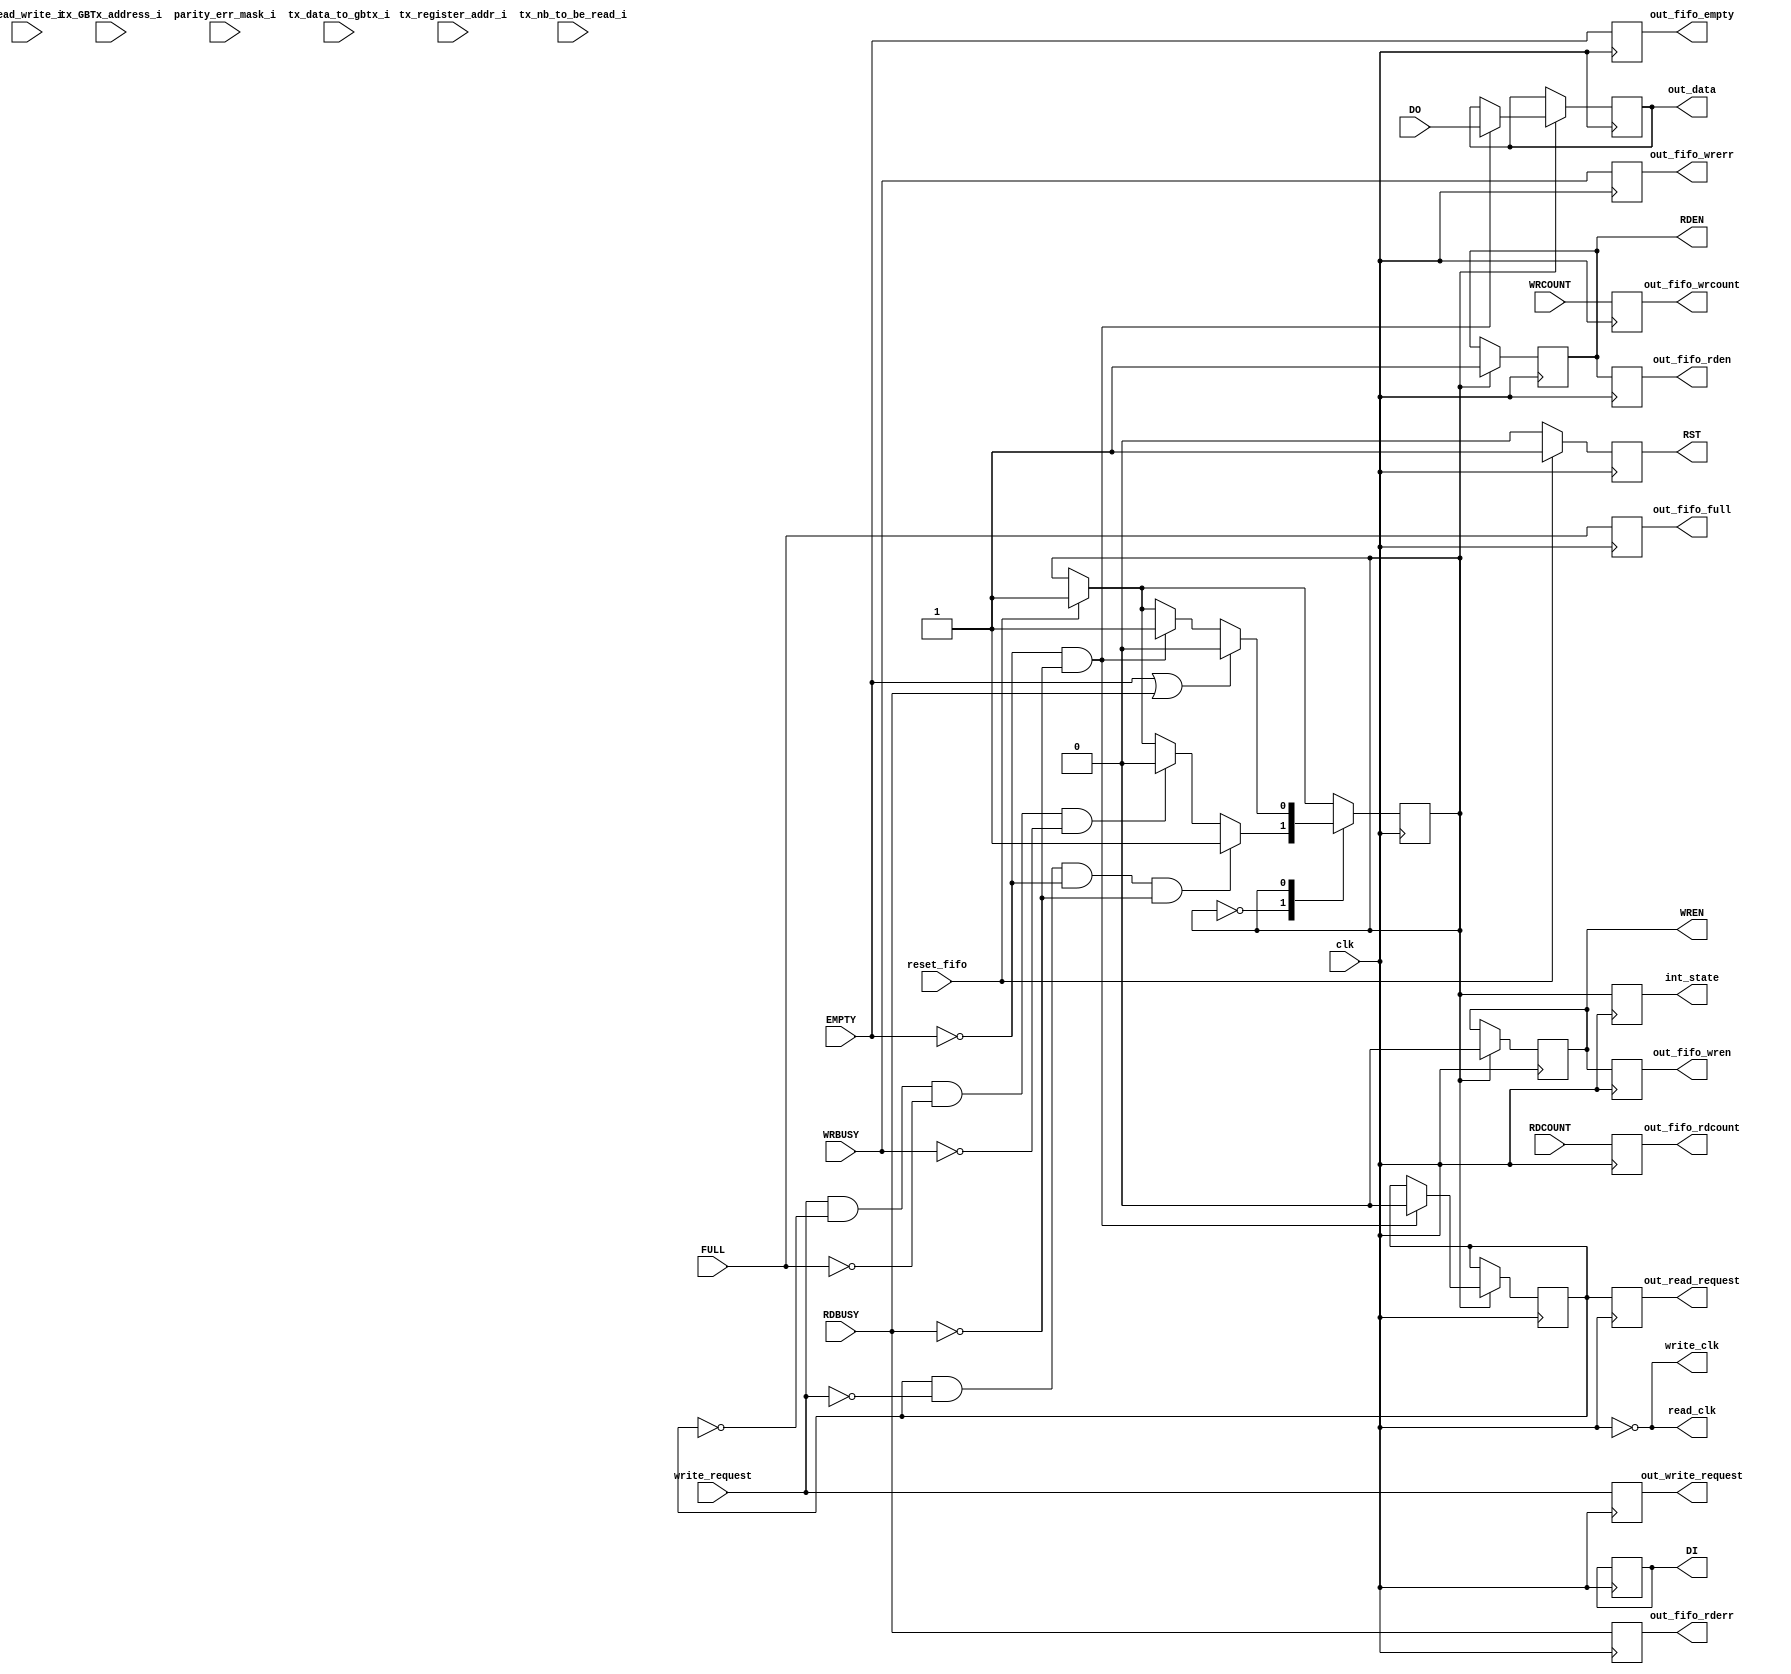
`timescale 1ns / 1ps
//////////////////////////////////////////////////////////////////////////////////
// Company: University of Minnesota
// 
// Design Name: LDMX slow control system
// Module Name: slow_control
// Project Name: 
// Target Devices: 
// Tool Versions: 
// Description: 
// 
// Dependencies: 
// 
// Revision:
// Revision 0.01 - File Created
// Additional Comments:
// 
//////////////////////////////////////////////////////////////////////////////////


module slow_control(
    input clk,
    input [6:0] tx_GBTx_address_i,
    input read_write_i,
    input [15:0] tx_register_addr_i,
    input [15:0] tx_nb_to_be_read_i,
    input [7:0] parity_err_mask_i,
    input [7:0] tx_data_to_gbtx_i,
    input write_request,
    input reset_fifo,
    input [63:0] DO,
    input EMPTY,
    input FULL,
    input [8:0] RDCOUNT,
    input RDBUSY,
    input [8:0] WRCOUNT,
    input WRBUSY,
    output reg read_clk,
    output reg write_clk,
    output reg [63:0] DI,
    output reg RDEN,
    output reg RST,
    output reg WREN,
    output reg [63:0] out_data,
    output reg int_state,
    output reg out_write_request,
    output reg out_read_request,
    output reg out_fifo_empty,
    output reg out_fifo_full,
    output reg [8:0] out_fifo_rdcount,
    output reg [8:0] out_fifo_wrcount,
    output reg out_fifo_rderr,
    output reg out_fifo_wrerr,
    output reg out_fifo_rden,
    output reg out_fifo_wren
    );
    
  parameter DATA_WIDTH = 'd64;
  parameter DEVICE = "7SERIES";
  parameter FIFO_SIZE = "36Kb";
  parameter FIRST_WORD_FALL_THROUGH = "FALSE";

  parameter BUSY = 0;
  parameter READ = 1;
  parameter WRITE = 2;
  parameter SLEEP = 3;

  //requests from software, write will be sent as input, read will be an internal register
  reg read_request;

  reg state;

  initial begin
    read_request<='d0;
    out_data<='d0;
    int_state<='d3;
    out_write_request<='d0;
    out_read_request<='d0;
    out_fifo_empty<='d0;
    out_fifo_full<='d0;
    out_fifo_rdcount<='d0;
    out_fifo_wrcount<='d0;
    out_fifo_rderr<='d0;
    out_fifo_wrerr<='d0;
    out_fifo_rden<='d0;
    out_fifo_wren<='d0;
    DI<='d0;
    RDEN<='d0;
    RST<='d0;
    WREN<='d0;
    state<='d3;
  end                  

  always #1 read_clk=~clk;
  always #1 write_clk=~clk;
  
  always @(posedge clk) begin
    int_state<=state;
    out_write_request<=write_request;
    out_read_request<=read_request;
    out_fifo_empty<=EMPTY;
    out_fifo_full<=FULL;
    out_fifo_rdcount<=RDCOUNT;
    out_fifo_wrcount<=WRCOUNT;
    out_fifo_rderr<=RDBUSY;
    out_fifo_wrerr<=WRBUSY;
    out_fifo_rden<=RDEN;
    out_fifo_wren<=WREN;
    if(reset_fifo==1) begin
      RST<='d1;
      state<='d3;
    end
    if(reset_fifo==0) begin
      RST<='d0;
    end
    case(state)
    SLEEP:
      if(state==SLEEP) begin
          WREN<='d0;
          RDEN<='d0;
        if(write_request=='d1) begin
          state<='d2;
        end
        if(read_request=='d1) begin
          state<='d1;
        end
      end
    BUSY:
      if(state==BUSY) begin
        if(write_request=='d1 && read_request=='d0 && FULL=='d0 && WRBUSY=='d0) begin
          state<='d2;
        end
        if(read_request=='d1 && write_request=='d0 && EMPTY=='d0 && RDBUSY=='d0) begin
          state<='d1;
        end
      end
    WRITE:
      if(state==WRITE) begin
        WREN<='d1;
        RDEN<='d0;
        if(FULL=='d0 && WRBUSY=='d0) begin
          DI[63:56]<='b01111110;
          DI[55:49]<=tx_GBTx_address_i;
          DI[48:48]<=read_write_i;
          DI[47:32]<=tx_nb_to_be_read_i;
          DI[31:16]<=tx_register_addr_i;
          DI[15:8]<=tx_data_to_gbtx_i;
          DI[7:0]<=parity_err_mask_i;
          state<='d1;
          read_request<='d1;
        end
        if(FULL=='d1 || WRBUSY=='d1) begin
          state<='d0;
        end
      end
    READ:
      if(state==READ) begin
        WREN<='d0;
        RDEN<='d1;
        if(EMPTY=='d0 && RDBUSY=='d0) begin
          out_data<=DO;
          state<='d3;
          read_request<='d0;
        end
        if(EMPTY=='d1 || RDBUSY=='d1) begin
          state<='d0;
        end
      end
    endcase
  end
endmodule